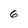
Character: 6